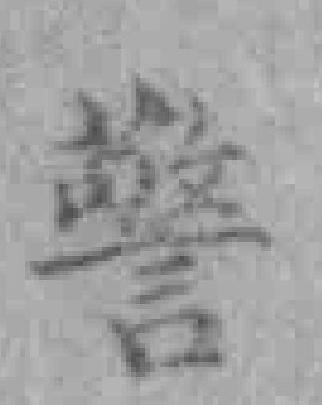
警